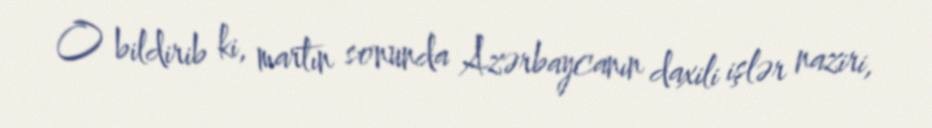
O bildirib ki, martın sonunda Azərbaycanın daxili işlər naziri,